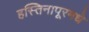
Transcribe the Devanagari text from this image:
हस्तिनापूरमधे